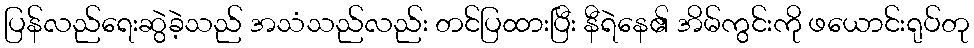
ပြန်လည်ရေးဆွဲခဲ့သည် အသံသည်လည်း တင်ပြထားပြီး နီရဲနေ၏ အိမ်ကွင်းကို ဖယောင်းရုပ်တု